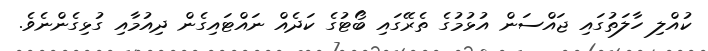
ކުއްލި ހާލަތުގައި ޖައްސަން އުޅުމުގެ ތެރޭގައި ބޯޓުގެ ކަދެއް ނައްޓައިގެން ދިއުމާއި ގުޅިގެންނެވެ.